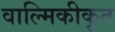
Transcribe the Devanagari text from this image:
वाल्मिकीकृत